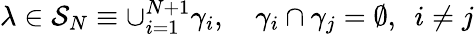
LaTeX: \lambda\in\mathcal{S}_{N}\equiv\cup_{i=1}^{N+1}\gamma_{i},\quad\gamma_{i}\cap\gamma_{j}=\emptyset,\ \ i\ne j